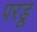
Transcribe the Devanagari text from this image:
परडू